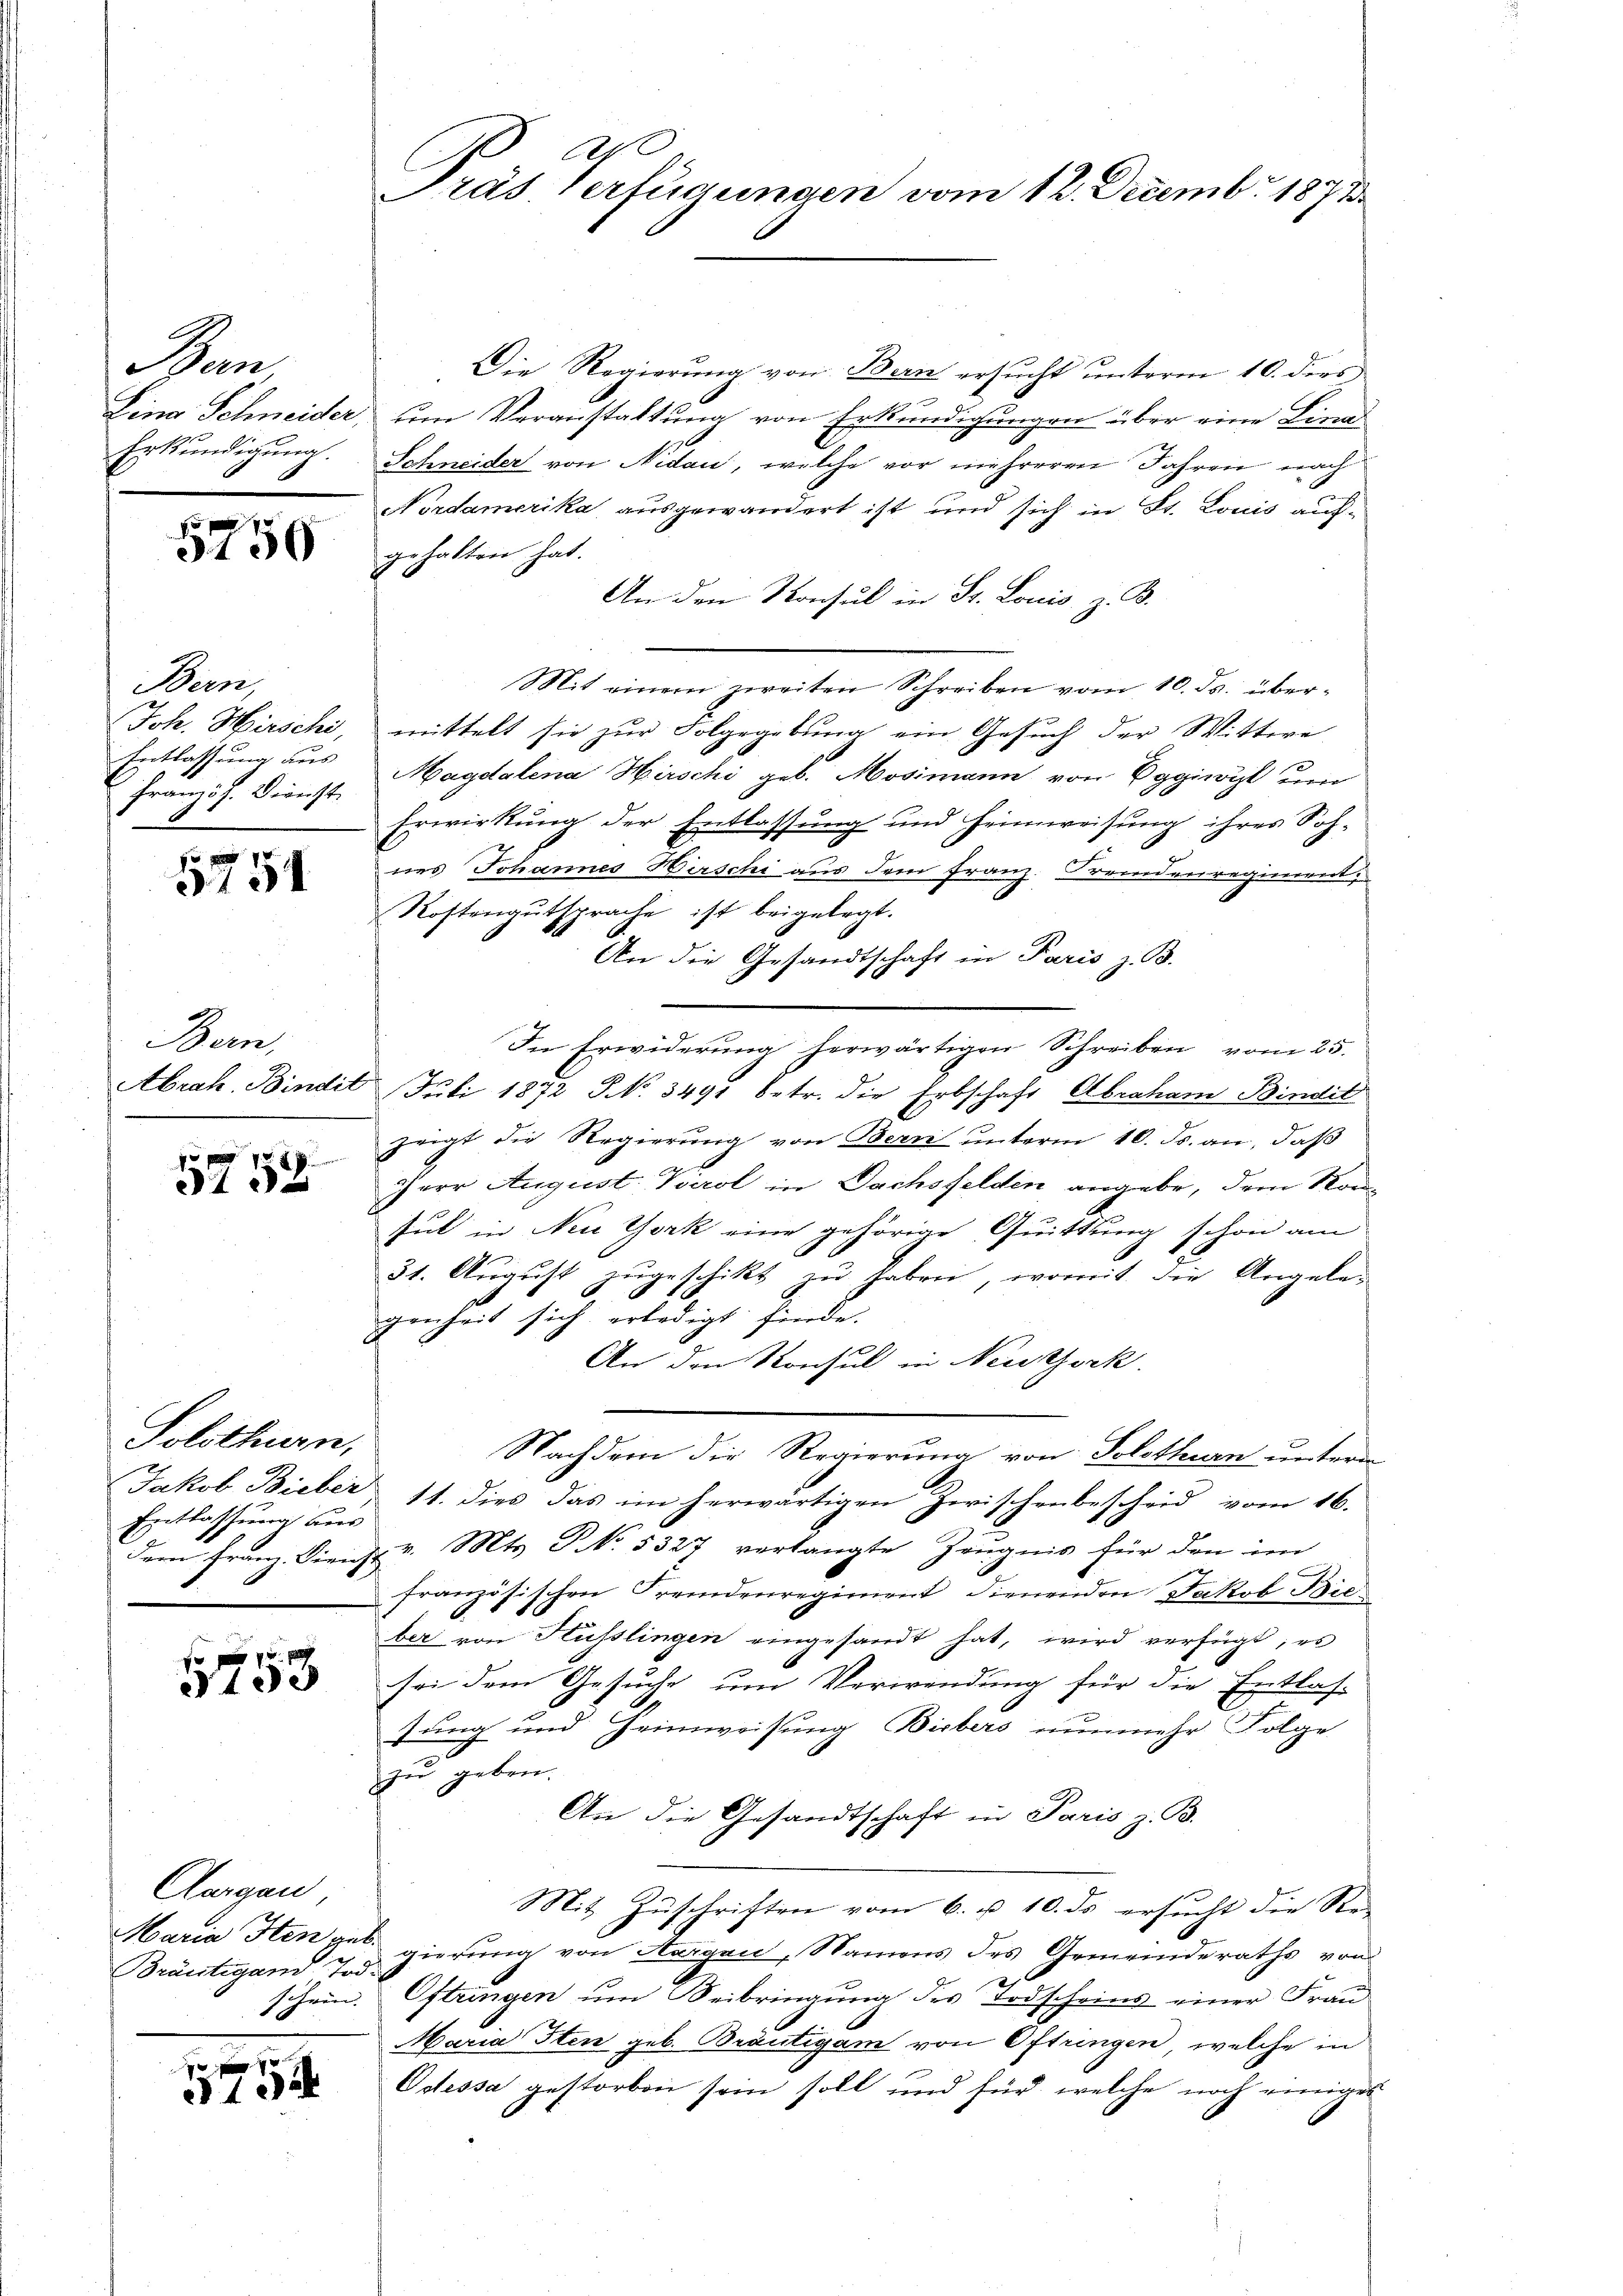
A.
Präs. Verfügungen vom 12. Decembr 1873

Die Regierung von Bern ersŭcht unterm 10. ders
Lina Schneider, um Veranstaltung von Erkundigungen über eine Lina
Schneider von Nidau, welche vor mehreren Jahren nach
Nordamerika ausgewandert ist und sich in St. Louis aufgehalten hat.
An den Konsul in St. Louis, z. B.
Mit einem zweiten Schreiben vom 10. ds. übermittelt sie zur Folgegebung ein Gesuch der Wittwe
Magdalena Hirschi geb. Mosimann von Eggiwyl um
Erwirkung der Entlassung und Heimweisung ihres Soh-
nes Johannes Hirschi aus dem Franz. Fremdenregiment
Rostengutsprache ist beigelegt.
An die Gesandtschaft in Paris z. B.
In Erwiderŭng herwärtigen Schreiben vom 25.
Abrah. Bindil Juli 1872 NNo. 3491 betr. die Erbschaft Abraham Bindik
zeigt die Regierung von Bern unterm 10. ds. an, daß
Perr August. Vierol in Dachsfelden angebe, dem Kon-
sul in New York eine gehörige Quittung schon am
31. August zugeschikt zu haben, womit die Angelegenheit sich erledigt finde.
An den Konsul in Neuhock.
Nachdem die Regierung von Solothurn unterm
A
Jakob Bieber 11. dies das im herwärtigen Zwischenbescheid vom 16.
dem Franz. Die Hr. v. Mts. NNo. 5327 verlangte Zeugnis für den im
französischen Fremdenregiment dienenden Jakob Bieber von Hüsslingen eingesandt hat, wird verfügt, es
sei dem Gesuche um Verwendung für die Entlas-
sung und Heimweisung Biebers nunmehr Folge
zu geben.
An die Gesandtschaft in Paris z. B.
Mit Zuschriften vom 6. u. 10. ds ersucht die Re-
Maria Stenges gierung von Aargau, Namens des Gemeinderaths von
schein. Oftringen um Beibringung des Todscheins einer Frau
Maria Iten geb. Bräutigam von Oftringen, welche in
Odessa gestorben sein soll und für welche noch einiges

Ban,
Erkundigung.

5750

Bern,
Joh. Hirschi,
Entlassung aus
Französ. Bericht

5754

Bern,

5752

Solothurn,
Entlassung bes

10

Aurgau
Bräutigand Tod.

1
d13